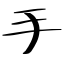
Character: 手